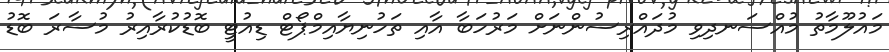
މައުލޫމާތު މުއްސަނދިވި މުދައްރިސުންނަށް މަރުހަބާ އާއި ތަހުނިޔާއިމްޕޯޓް ޑިއުޓީ ބޮޑުކުރާއިރު މުސާރަ ބޮޑު